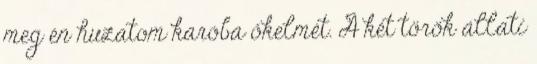
meg én huzatom karóba őkelmét. A két török állati